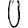
Digit: 0